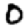
Digit: 0